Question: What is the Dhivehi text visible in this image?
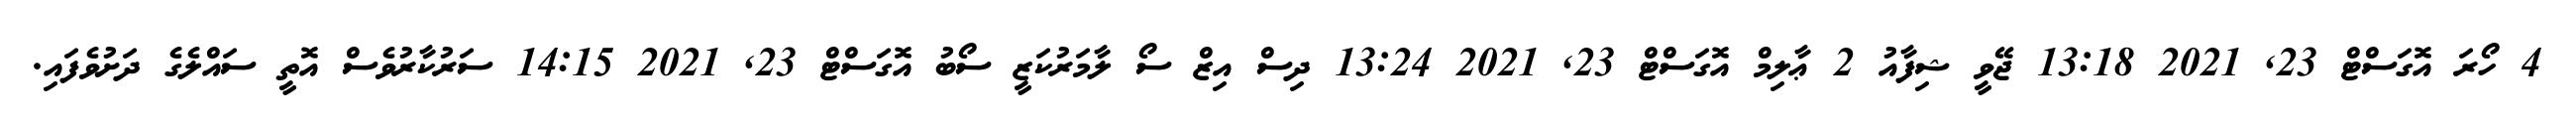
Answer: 4 ހޯރަ އޮގަސްޓް 23, 2021 13:18 ޖޭވީ ޝިފާއު 2 ޢާލިމް އޮގަސްޓް 23, 2021 13:24 ދިސް އިޒް ސޯ ލާމަރުކަޒީ ސޯބު އޮގަސްޓް 23, 2021 14:15 ސަރުކާރުވެސް އޮތީ ސައްލެގެ ދަށުވެފައި.